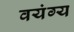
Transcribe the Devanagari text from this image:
वयंग्य